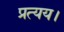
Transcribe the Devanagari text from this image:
प्रत्यय।